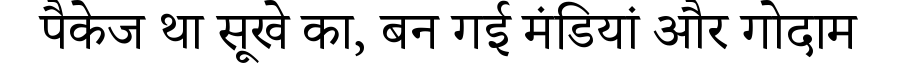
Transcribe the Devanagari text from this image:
पैकेज था सूखे का, बन गई मंडियां और गोदाम